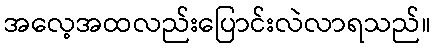
အလေ့အထလည်းပြောင်းလဲလာရသည်။